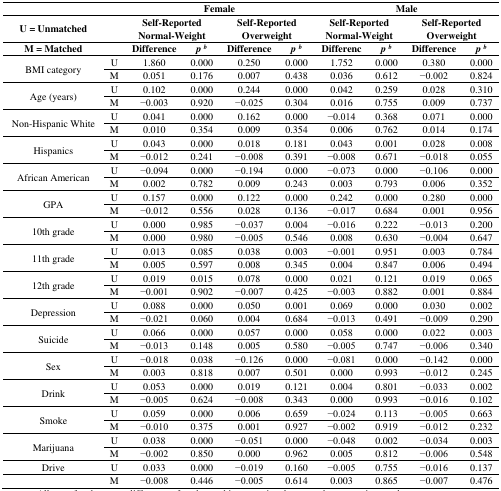
<table><thead><tr><td></td><td></td><td colspan="4"><b>Female</b></td><td colspan="4"><b>Male</b></td></tr><tr><td><b>U = Unmatched</b></td><td></td><td colspan="2"><b>Self-Reported Normal-Weight</b></td><td colspan="2"><b>Self-Reported Overweight</b></td><td colspan="2"><b>Self-Reported Normal-Weight</b></td><td colspan="2"><b>Self-Reported Overweight</b></td></tr><tr><td><b>M = Matched</b></td><td></td><td><b>Difference</b></td><td><b><i>p <sup>b</sup></i></b></td><td><b>Difference</b></td><td><b><i>p <sup>b</sup></i></b></td><td><b>Differenc</b></td><td><b><i>p <sup>b</sup></i></b></td><td><b>Difference</b></td><td><b><i>p <sup>b</sup></i></b></td></tr></thead><tbody><tr><td rowspan="2">BMI category</td><td>U</td><td>1.860</td><td>0.000</td><td>0.250</td><td>0.000</td><td>1.752</td><td>0.000</td><td>0.380</td><td>0.000</td></tr><tr><td>M</td><td>0.051</td><td>0.176</td><td>0.007</td><td>0.438</td><td>0.036</td><td>0.612</td><td>−0.002</td><td>0.824</td></tr><tr><td rowspan="2">Age (years)</td><td>U</td><td>0.102</td><td>0.000</td><td>0.244</td><td>0.000</td><td>0.042</td><td>0.259</td><td>0.028</td><td>0.310</td></tr><tr><td>M</td><td>−0.003</td><td>0.920</td><td>−0.025</td><td>0.304</td><td>0.016</td><td>0.755</td><td>0.009</td><td>0.737</td></tr><tr><td rowspan="2">Non-Hispanic White</td><td>U</td><td>0.041</td><td>0.000</td><td>0.162</td><td>0.000</td><td>−0.014</td><td>0.368</td><td>0.071</td><td>0.000</td></tr><tr><td>M</td><td>0.010</td><td>0.354</td><td>0.009</td><td>0.354</td><td>0.006</td><td>0.762</td><td>0.014</td><td>0.174</td></tr><tr><td rowspan="2">Hispanics</td><td>U</td><td>0.043</td><td>0.000</td><td>0.018</td><td>0.181</td><td>0.043</td><td>0.001</td><td>0.028</td><td>0.008</td></tr><tr><td>M</td><td>−0.012</td><td>0.241</td><td>−0.008</td><td>0.391</td><td>−0.008</td><td>0.671</td><td>−0.018</td><td>0.055</td></tr><tr><td rowspan="2">African American</td><td>U</td><td>−0.094</td><td>0.000</td><td>−0.194</td><td>0.000</td><td>−0.073</td><td>0.000</td><td>−0.106</td><td>0.000</td></tr><tr><td>M</td><td>0.002</td><td>0.782</td><td>0.009</td><td>0.243</td><td>0.003</td><td>0.793</td><td>0.006</td><td>0.352</td></tr><tr><td rowspan="2">GPA</td><td>U</td><td>0.157</td><td>0.000</td><td>0.122</td><td>0.000</td><td>0.242</td><td>0.000</td><td>0.280</td><td>0.000</td></tr><tr><td>M</td><td>−0.012</td><td>0.556</td><td>0.028</td><td>0.136</td><td>−0.017</td><td>0.684</td><td>0.001</td><td>0.956</td></tr><tr><td rowspan="2">10th grade</td><td>U</td><td>0.000</td><td>0.985</td><td>−0.037</td><td>0.004</td><td>−0.016</td><td>0.222</td><td>−0.013</td><td>0.200</td></tr><tr><td>M</td><td>0.000</td><td>0.980</td><td>−0.005</td><td>0.546</td><td>0.008</td><td>0.630</td><td>−0.004</td><td>0.647</td></tr><tr><td rowspan="2">11th grade</td><td>U</td><td>0.013</td><td>0.085</td><td>0.038</td><td>0.003</td><td>−0.001</td><td>0.951</td><td>0.003</td><td>0.784</td></tr><tr><td>M</td><td>0.005</td><td>0.597</td><td>0.008</td><td>0.345</td><td>0.004</td><td>0.847</td><td>0.006</td><td>0.494</td></tr><tr><td rowspan="2">12th grade</td><td>U</td><td>0.019</td><td>0.015</td><td>0.078</td><td>0.000</td><td>0.021</td><td>0.121</td><td>0.019</td><td>0.065</td></tr><tr><td>M</td><td>−0.001</td><td>0.902</td><td>−0.007</td><td>0.425</td><td>−0.003</td><td>0.882</td><td>0.001</td><td>0.884</td></tr><tr><td rowspan="2">Depression</td><td>U</td><td>0.088</td><td>0.000</td><td>0.050</td><td>0.001</td><td>0.069</td><td>0.000</td><td>0.030</td><td>0.002</td></tr><tr><td>M</td><td>−0.021</td><td>0.060</td><td>0.004</td><td>0.684</td><td>−0.013</td><td>0.491</td><td>−0.009</td><td>0.290</td></tr><tr><td rowspan="2">Suicide</td><td>U</td><td>0.066</td><td>0.000</td><td>0.057</td><td>0.000</td><td>0.058</td><td>0.000</td><td>0.022</td><td>0.003</td></tr><tr><td>M</td><td>−0.013</td><td>0.148</td><td>0.005</td><td>0.580</td><td>−0.005</td><td>0.747</td><td>−0.006</td><td>0.340</td></tr><tr><td rowspan="2">Sex</td><td>U</td><td>−0.018</td><td>0.038</td><td>−0.126</td><td>0.000</td><td>−0.081</td><td>0.000</td><td>−0.142</td><td>0.000</td></tr><tr><td>M</td><td>0.003</td><td>0.818</td><td>0.007</td><td>0.501</td><td>0.000</td><td>0.993</td><td>−0.012</td><td>0.245</td></tr><tr><td rowspan="2">Drink</td><td>U</td><td>0.053</td><td>0.000</td><td>0.019</td><td>0.121</td><td>0.004</td><td>0.801</td><td>−0.033</td><td>0.002</td></tr><tr><td>M</td><td>−0.005</td><td>0.624</td><td>−0.008</td><td>0.343</td><td>0.000</td><td>0.993</td><td>−0.016</td><td>0.102</td></tr><tr><td rowspan="2">Smoke</td><td>U</td><td>0.059</td><td>0.000</td><td>0.006</td><td>0.659</td><td>−0.024</td><td>0.113</td><td>−0.005</td><td>0.663</td></tr><tr><td>M</td><td>−0.010</td><td>0.375</td><td>0.001</td><td>0.927</td><td>−0.002</td><td>0.919</td><td>−0.012</td><td>0.232</td></tr><tr><td rowspan="2">Marijuana</td><td>U</td><td>0.038</td><td>0.000</td><td>−0.051</td><td>0.000</td><td>−0.048</td><td>0.002</td><td>−0.034</td><td>0.003</td></tr><tr><td>M</td><td>−0.002</td><td>0.850</td><td>0.000</td><td>0.962</td><td>0.005</td><td>0.812</td><td>−0.006</td><td>0.548</td></tr><tr><td>Drive</td><td>U</td><td>0.033</td><td>0.000</td><td>−0.019</td><td>0.160</td><td>−0.005</td><td>0.755</td><td>−0.016</td><td>0.137</td></tr><tr><td></td><td>M</td><td>−0.008</td><td>0.446</td><td>−0.005</td><td>0.614</td><td>0.003</td><td>0.865</td><td>−0.007</td><td>0.476</td></tr></tbody></table>